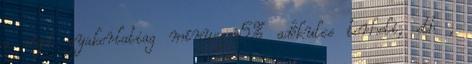
a céget gyakorlatiag mínusz 5% adókulcs terheli, stb ,